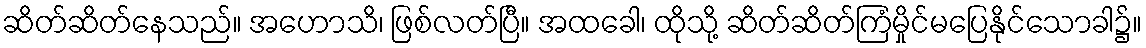
ဆိတ်ဆိတ်နေသည်။ အဟောသိ၊ ဖြစ်လတ်ပြီ။ အထခေါ၊ ထိုသို့ ဆိတ်ဆိတ်ကြံမှိုင်မပြေနိုင်သောခါ၌။